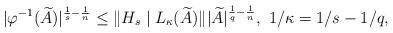
LaTeX: \begin{align*}|\varphi^{-1}(\widetilde{A})|^{\frac{1}{s}-\frac{1}{n}}\leq \|H_s \mid L_{\kappa}(\widetilde{A})\| |\widetilde{A}|^{\frac{1}{q}-\frac{1}{n}},\,\,{1}/{\kappa}={1}/{s}-{1}/{q},\end{align*}